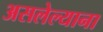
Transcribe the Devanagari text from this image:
असलेल्याना